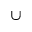
\cup